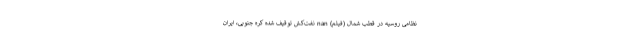
نظامی روسیه در قطب شمال (فیلم) nan نفت‌کش توقیف شده کره جنوبی، ایران